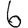
Digit: 6